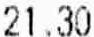
21.30